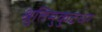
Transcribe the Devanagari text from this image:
श्रुतिमुकुटधर